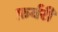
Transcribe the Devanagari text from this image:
फ़र्वरी